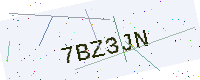
Text: 7BZ3JN